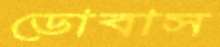
ডোবাস